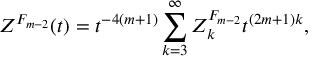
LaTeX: { \cal Z } ^ { F _ { m - 2 } } ( t ) = t ^ { - 4 ( m + 1 ) } \sum _ { k = 3 } ^ { \infty } { Z } _ { k } ^ { F _ { m - 2 } } t ^ { ( 2 m + 1 ) k } ,